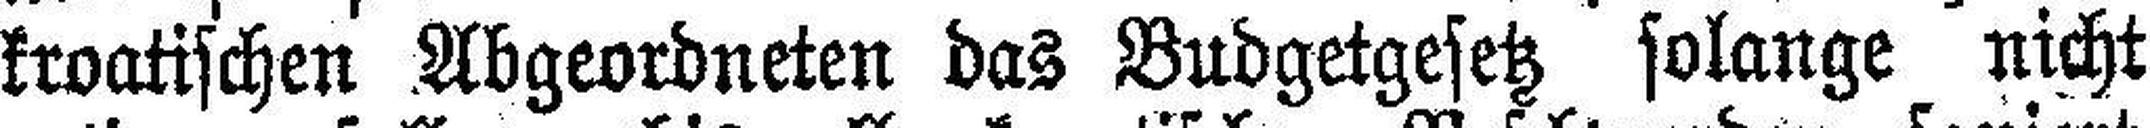
kroatischen Abgeordneten das Budgetgesetz solange nicht